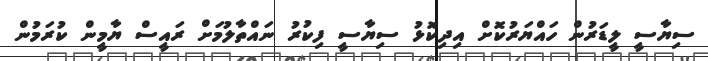
ސިޔާސީ ލީޑަރުން ހައްޔަރުކޮށް އިދިކޮޅު ސިޔާސީ ފިކުރު ނައްތާލުމަށް ރައީސް ޔާމީން ކުރަމުން